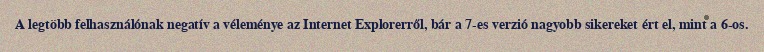
A legtöbb felhasználónak negatív a véleménye az Internet Explorerről, bár a 7-es verzió nagyobb sikereket ért el, mint a 6-os.